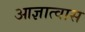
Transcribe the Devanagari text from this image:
आज्ञात्वास